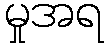
မှုအရ